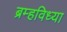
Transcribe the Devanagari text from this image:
ब्रम्हविध्या